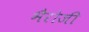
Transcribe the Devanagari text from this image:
भैरोजी